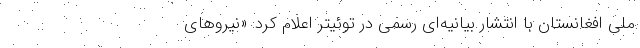
ملی افغانستان با انتشار بیانیه‌ای رسمی در توئیتر اعلام کرد: «نیروهای